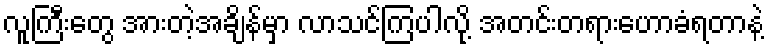
လူကြီးတွေ အားတဲ့အချိန်မှာ လာသင်ကြပါလို့ အတင်းတရားဟောခံရတာနဲ့